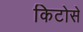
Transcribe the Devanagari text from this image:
किटोसे